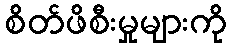
စိတ်ဖိစီးမှုများကို